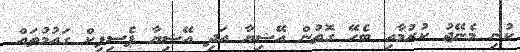
ކުނި މެނޭޖު ކުރުމާއި ބެހޭ ގޮތުން އޭޝިޔާ އަދި އޭޝިޔާ ޕެސިފިކް ގައުމުތައް